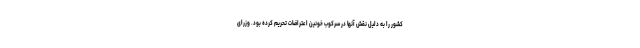
کشور را به دلیل نقش آنها در سرکوب خونین اعتراضات تحریم کرده بود. وزرای